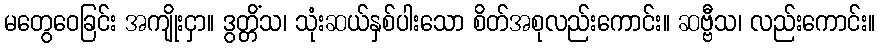
မတွေဝေခြင်း အကျိုးငှာ။ ဒွတ္တိံသ၊ သုံးဆယ်နှစ်ပါးသော စိတ်အစုလည်းကောင်း။ ဆဗ္ဗီသ၊ လည်းကောင်း။